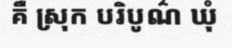
គឺ ស្រុក បរិបូណ៌ ឃុំ